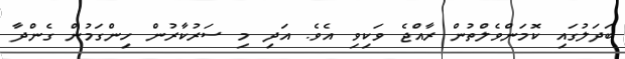
ބަދަލުގައި ކޮމަންވެލްތުން ރާއްޖެ ވަކިވި އެވެ. އަދި މި ސަރުކާރުން ހިންގަމުން ގެންދާ